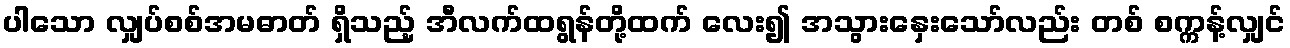
ပါသော လျှပ်စစ်အမဓာတ် ရှိသည့် အီလက်ထရွန်တို့ထက် လေး၍ အသွားနှေးသော်လည်း တစ် စက္ကန့်လျှင်